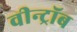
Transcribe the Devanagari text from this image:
वीन्ट्रॉब